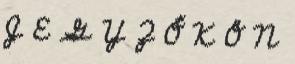
J E G Y Z Ő K Ö N